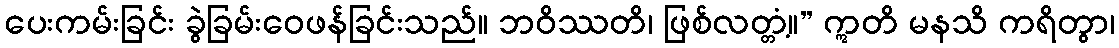
ပေးကမ်းခြင်း ခွဲခြမ်းဝေဖန်ခြင်းသည်။ ဘဝိဿတိ၊ ဖြစ်လတ္တံ့။” ဣတိ မနသိ ကရိတွာ၊